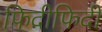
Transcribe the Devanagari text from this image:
फिदीफिदी